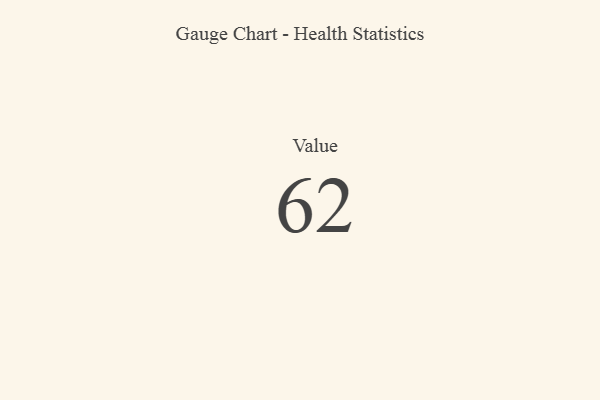
{"axis": {"x": "Metric", "y": "Value"}, "legend": [""], "data": [{"x": "Value", "y": 62, "type": ""}]}